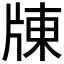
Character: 𤗗